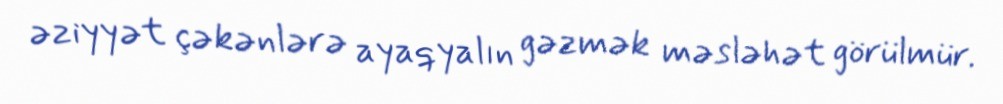
əziyyət çəkənlərə ayaqyalın gəzmək məsləhət görülmür.